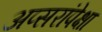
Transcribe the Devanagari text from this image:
अप्सरांपेक्षा